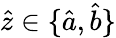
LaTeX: \hat{z}\in\{ \hat{a},\hat{b}\}